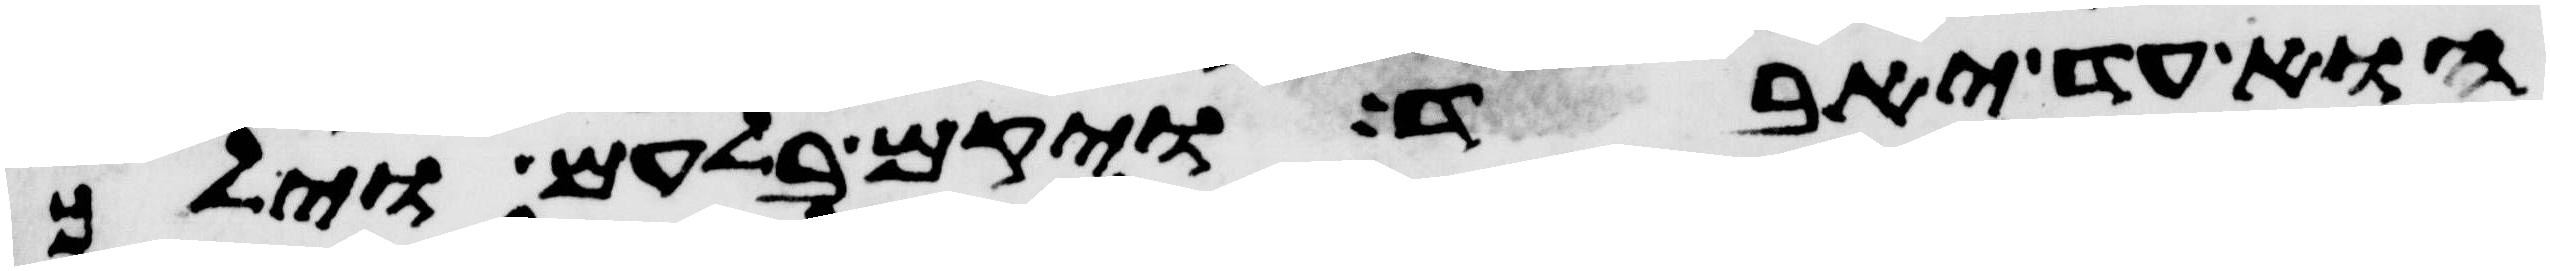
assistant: הוא עד יאבד ויקם בלעם וילך